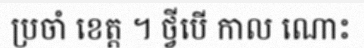
ប្រចាំ ខេត្ត ។ ថ្វីបើ កាល ណោះ